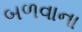
બળવાના